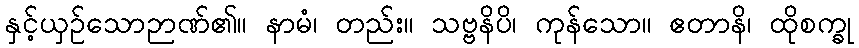
နှင့်ယှဉ်သောဉာဏ်၏။ နာမံ၊ တည်း။ သဗ္ဗနိပိ၊ ကုန်သော။ ဧတာနိ၊ ထိုစက္ခု